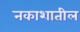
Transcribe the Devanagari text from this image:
नकाशातील